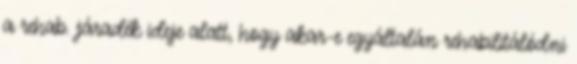
a rehab. járadék ideje alatt, hogy akar-e egyáltalán rehabilitálódni